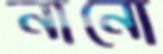
নানো